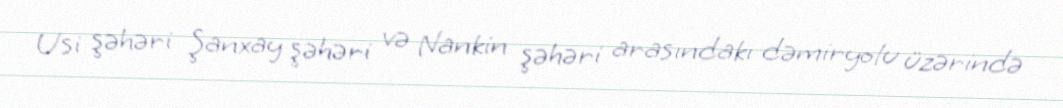
Usi şəhəri Şanxay şəhəri və Nankin şəhəri arasındakı dəmiryolu üzərində